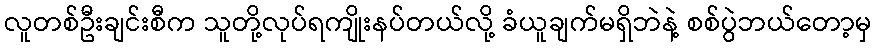
လူတစ်ဦးချင်းစီက သူတို့လုပ်ရကျိုးနပ်တယ်လို့ ခံယူချက်မရှိဘဲနဲ့ စစ်ပွဲဘယ်တော့မှ